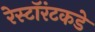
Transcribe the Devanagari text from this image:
रेस्टॉरंटकडे